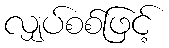
လျှပ်စစ်ဖြင့်